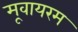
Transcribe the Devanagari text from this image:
मूवायरम